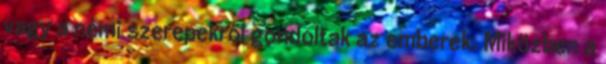
vagy a nemi szerepekről gondoltak az emberek. Miközben a